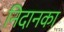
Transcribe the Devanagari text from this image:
निदानका